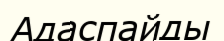
Адаспайды